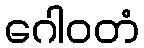
ဂေါဝတံ